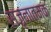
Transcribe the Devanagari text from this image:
सजृनात्मक